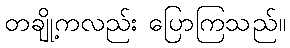
တချို့ကလည်း ပြောကြသည်။